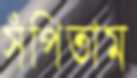
সঁপিতাম